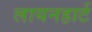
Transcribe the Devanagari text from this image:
लायनहार्ट